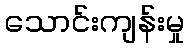
သောင်းကျန်းမှု